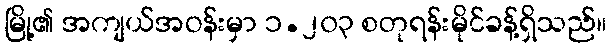
မြို့၏ အကျယ်အဝန်းမှာ ၁.၂၀၃ စတုရန်းမိုင်ခန့်ရှိသည်။